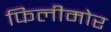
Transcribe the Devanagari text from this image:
फिलीमोर